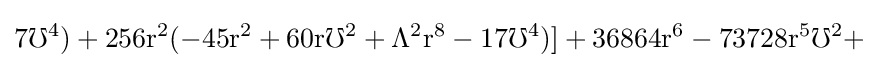
{\rm {7\mho ^{4})+256r^{2}(-45r^{2}+60r\mho ^{2}+\Lambda ^{2}r^{8}-17\mho ^{4})]+36864r^{6}-73728r^{5}\mho ^{2}+}}